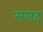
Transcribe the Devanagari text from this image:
सलद